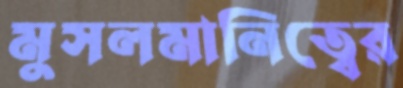
মুসলমানিত্বের